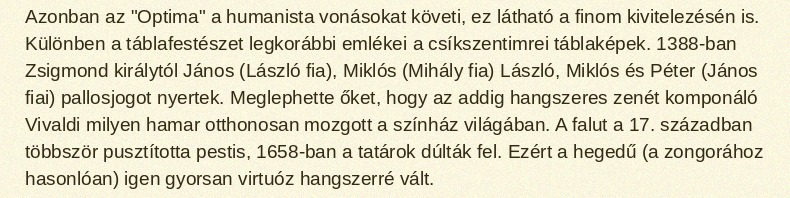
Azonban az "Optima" a humanista vonásokat követi, ez látható a finom kivitelezésén is. Különben a táblafestészet legkorábbi emlékei a csíkszentimrei táblaképek. 1388-ban Zsigmond királytól János (László fia), Miklós (Mihály fia) László, Miklós és Péter (János fiai) pallosjogot nyertek. Meglephette őket, hogy az addig hangszeres zenét komponáló Vivaldi milyen hamar otthonosan mozgott a színház világában. A falut a 17. században többször pusztította pestis, 1658-ban a tatárok dúlták fel. Ezért a hegedű (a zongorához hasonlóan) igen gyorsan virtuóz hangszerré vált.